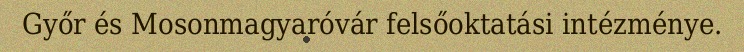
Győr és Mosonmagyaróvár felsőoktatási intézménye.